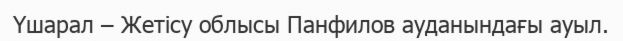
Үшарал – Жетісу облысы Панфилов ауданындағы ауыл.